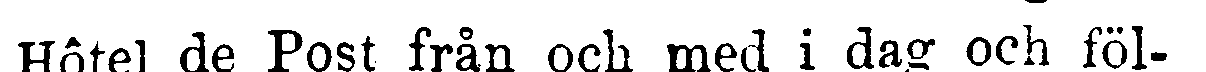
Hôtel de Post från och med i dag och föl-